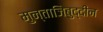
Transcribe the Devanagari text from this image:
मुन्ताजिबुद्दीन